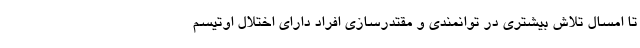
تا امسال تلاش بیشتری در توانمندی و مقتدرسازی افراد دارای اختلال اوتیسم